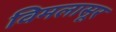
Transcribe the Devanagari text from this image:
विमलासूर